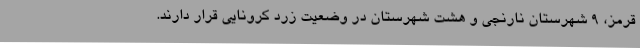
قرمز، ۹ شهرستان نارنجی و هشت شهرستان در وضعیت زرد کرونایی قرار دارند.